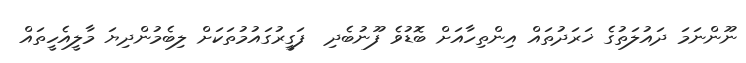
ނޫންނަމަ ދައުލަތުގެ ޚަރަދުތައް އިންތިހާއަށް ބޮޑުވެ ފޫނުބެދި  ފަގީރުގައުމުތަކަށް ލިބެމުންދިޔަ މާލީއެހީތައް